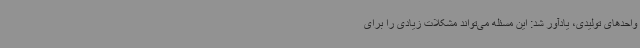
واحدهای تولیدی، یادآور شد: این مسئله می‌تواند مشکلات زیادی را برای